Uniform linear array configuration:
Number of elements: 64
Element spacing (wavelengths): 1
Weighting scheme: exponential
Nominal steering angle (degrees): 15
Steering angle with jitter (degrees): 14.818
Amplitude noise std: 0.05
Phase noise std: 0.05

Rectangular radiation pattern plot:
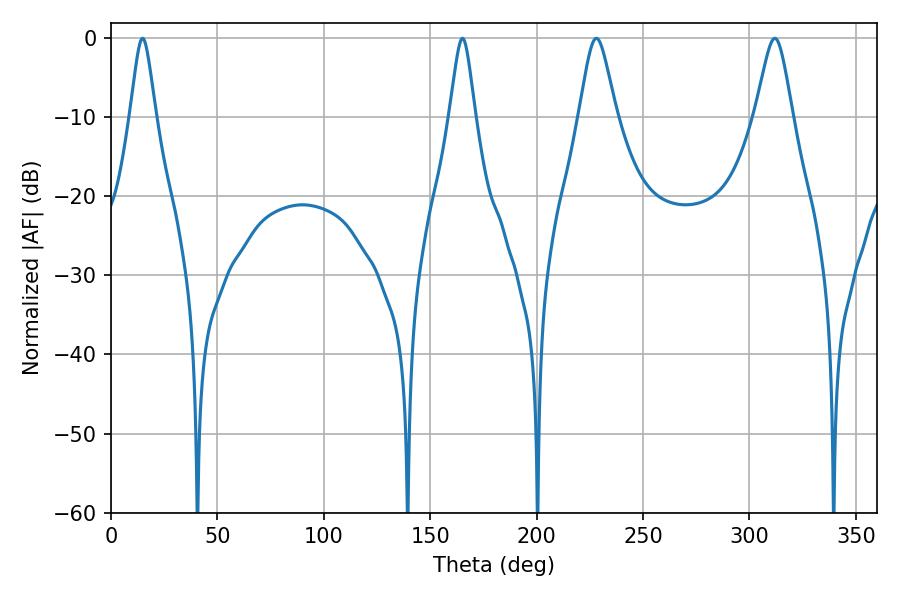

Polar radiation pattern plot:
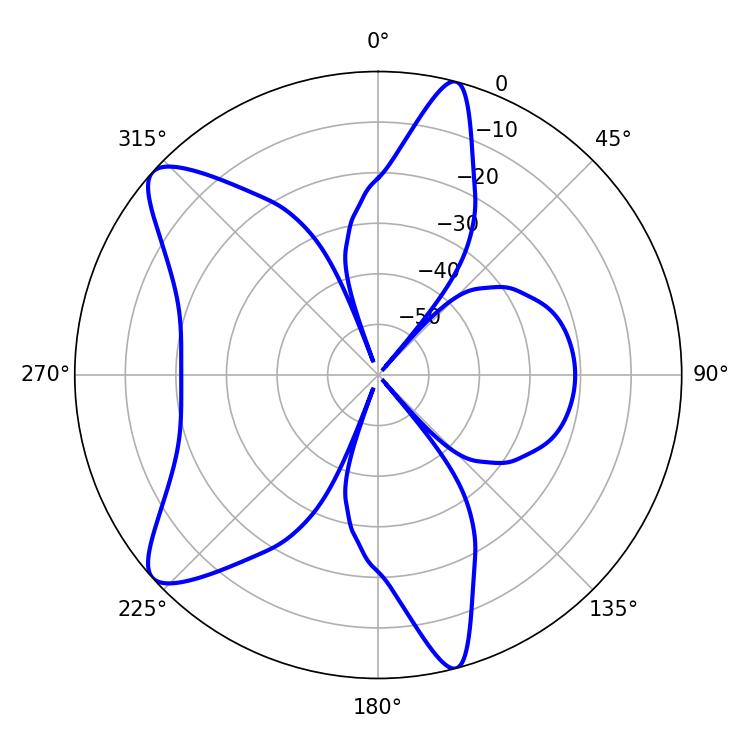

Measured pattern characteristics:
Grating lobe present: TRUE
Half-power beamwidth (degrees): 8.46
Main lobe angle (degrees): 228.06